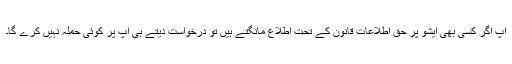
آپ اگر کسی بھی ایشو پر حق اطلاعات قانون کے تحت اطلاع مانگتے ہیں تو درخواست دیتے ہی آپ پر کوئی حملہ نہیں کرے گا۔